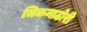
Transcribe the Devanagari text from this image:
भिकनाठोरी